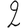
Digit: 2